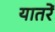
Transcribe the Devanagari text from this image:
यातरें